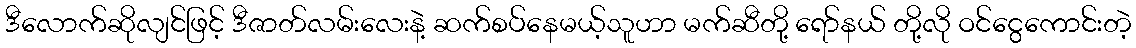
ဒီလောက်ဆိုလျင်ဖြင့် ဒီဇာတ်လမ်းလေးနဲ့ ဆက်စပ်နေမယ့်သူဟာ မက်ဆီတို့ ရော်နယ် တို့လို ဝင်ငွေကောင်းတဲ့